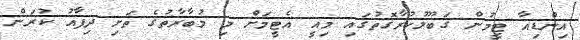
އިންޑިއާ ޓީމުން ގަބޫލުކުރާގޮތުގައި މިއީ އެޓީމަށް މި މުބާރާތުގެ ތަށި ދިފާއު ކުރަން